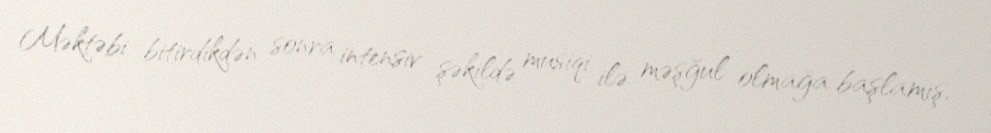
Məktəbi bitirdikdən sonra intensiv şəkildə musiqi ilə məşğul olmağa başlamış,